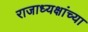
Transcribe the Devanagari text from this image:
राजाध्यक्षांच्या